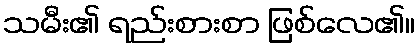
သမီး၏ ရည်းစားစာ ဖြစ်လေ၏။